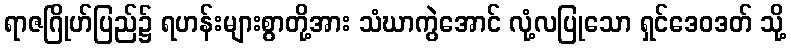
ရာဇဂြိုဟ်ပြည်၌ ရဟန်းများစွာတို့အား သံဃာကွဲအောင် လုံ့လပြုသော ရှင်ဒေဝဒတ် သို့